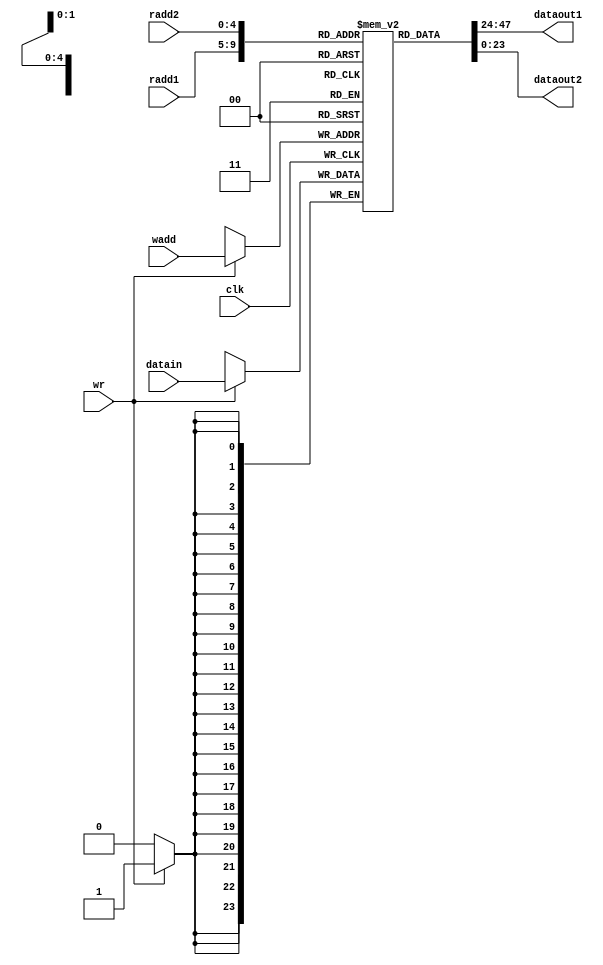
`timescale 1ns / 1ps
//////////////////////////////////////////////////////////////////////////////////
// Company: 
// Engineer: 
// 
// Design Name: 
// Module Name: reg_file
// Project Name: 
// Target Devices: 
// Tool Versions: 
// Description: 
// 
// Dependencies: 
// 
// Revision:
// Revision 0.01 - File Created
// Additional Comments:
// 
//////////////////////////////////////////////////////////////////////////////////
module reg_file(input[4:0]radd1, radd2, wadd, input[23:0]datain, input wr, clk, output [23:0]dataout1, dataout2);
reg[23:0]regs[31:0];
//initialize the value stored in registers.
initial
    begin
    regs[0]=32'd1;
    regs[1]=32'd2;
    regs[2]=32'd3;
    regs[3]=32'd4;
    regs[4]=32'd5;
    regs[5]=32'd6;
    regs[6]=32'd7;
    regs[7]=32'd8;
    regs[8]=32'd9;
    regs[9]=32'd10;
    regs[10]=32'd11;
    regs[11]=32'd12;
    regs[12]=32'd13;
    regs[13]=32'd14;
    regs[14]=32'd15;
    regs[15]=32'd16;
    regs[16]=32'd17;
    regs[17]=32'd18;
    regs[18]=32'd19;
    regs[19]=32'd20;
    regs[20]=32'd21;
    regs[21]=32'd22;
    regs[22]=32'd23;
    regs[23]=32'd24;
    regs[24]=32'd25;
    regs[25]=32'd26;
    regs[26]=32'd27;
    regs[27]=32'd28;
    regs[28]=32'd29;
    regs[29]=32'd30;
    regs[30]=32'd31;
    regs[31]=32'd32;
    end

always@(posedge clk)
    if(wr) regs[wadd]=datain;
assign dataout1=regs[radd1];
assign dataout2=regs[radd2];
endmodule